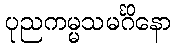
ပုညကမ္မသမင်္ဂိနော